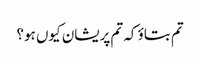
تم بتاؤ کہ تم پریشان کیوں ہو؟